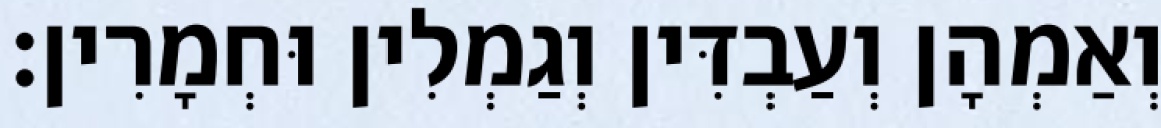
וְאַמְהָן וְעַבְדִּין וְגַמְלִין וּחְמָרִין׃